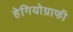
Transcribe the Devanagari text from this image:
हेगियोग्राफी